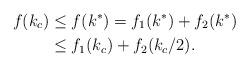
LaTeX: \begin{align*}f(k_c) &\leq f(k^*) = f_1(k^*)+f_2(k^*) \\ &\leq f_1(k_c) + f_2(k_c/2).\end{align*}